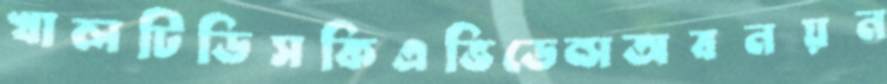
খালটিডিসকিএভিডেন্সঅবনয়ন